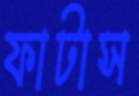
ফাটাস